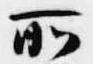
所